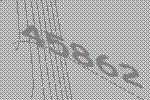
45862